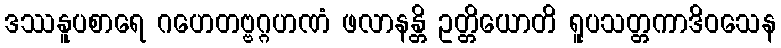
ဒဿနူပစာရေ ဂဟေတဗ္ဗဂ္ဂဟဏံ ဖလာနန္တိ ဥတ္တိယောတိ ရူပသတ္တကာဒိဝသေန